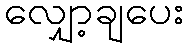
လျှော့ချပေး